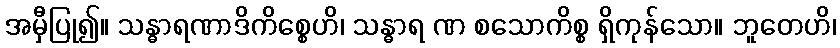
အမှီပြု၍။ သန္ဓာရဏာဒိကိစ္စေဟိ၊ သန္ဓာရ ဏ စသောကိစ္စ ရှိကုန်သော။ ဘူတေဟိ၊